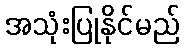
အသုံးပြုနိုင်မည်